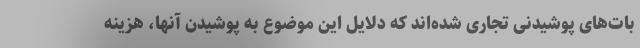
بات‌های پوشیدنی تجاری شده‌اند که دلایل این موضوع به پوشیدن آنها، هزینه